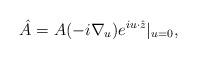
LaTeX: \begin{align*}\hat A=A(-i\nabla_u)e^{iu \cdot \hat z}|_{u=0},\end{align*}